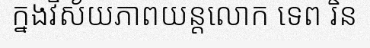
ក្នងវិស័យភាពយន្តលោក ទេព រិន